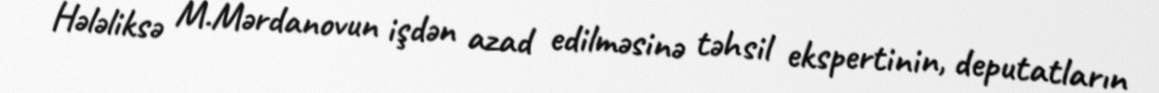
Hələliksə M.Mərdanovun işdən azad edilməsinə təhsil ekspertinin, deputatların